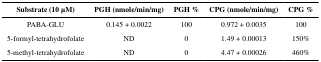
<table><thead><tr><td><b>Substrate (10 μM)</b></td><td><b>PGH (nmole/min/mg)</b></td><td><b>PGH %</b></td><td><b>CPG (nmole/min/mg)</b></td><td><b>CPG %</b></td></tr></thead><tbody><tr><td>PABA-GLU</td><td>0.145 + 0.0022</td><td>100</td><td>0.972 + 0.0035</td><td>100</td></tr><tr><td>5-formyl-tetrahydrofolate</td><td>ND</td><td>0</td><td>1.49 + 0.00013</td><td>150%</td></tr><tr><td>5-methyl-tetrahydrofolate</td><td>ND</td><td>0</td><td>4.47 + 0.00026</td><td>460%</td></tr></tbody></table>